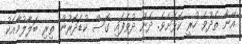
އޭނާ ތެދުވެ ހުރީ ކޮޅަށެވެ. ދެން ދުވެފައި ގޮސް ކުޑަދޮރުން ތިރި ބަލާލުމާއެކު